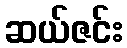
ဆယ်ဇင်း